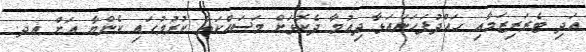
އަދި ޓެރަރިޒަމާއި ހައްދުފަހަނައަޅާ ދިއުމާ ދެކޮޅަށް މަސައްކަތް ކުރުމުގައި ކެންޔާ އަށް އދ.